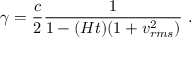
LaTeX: \gamma = { \frac { c } { 2 } } { \frac { 1 } { 1 - ( H t ) ( 1 + v _ { r m s } ^ { 2 } ) } } \ .